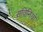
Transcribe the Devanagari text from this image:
सविनियो